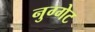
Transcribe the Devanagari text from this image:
नुग्गेट